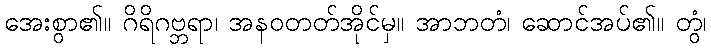
အေးစွာ၏။ ဂိရိဂဗ္ဘရာ၊ အနဝတတ်အိုင်မှ။ အာဘတံ၊ ဆောင်အပ်၏။ တွံ၊